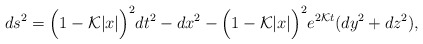
\begin{align*}ds^{2} = \Big(1 - {\cal K} |x|\Big)^2dt^{2} - dx^{2} - \Big(1 - {\cal K} |x|\Big)^2 e^{2{\cal K} t} (dy^{2} + dz^{2}),\end{align*}